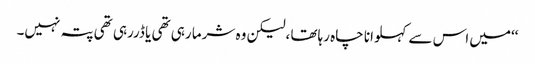
‘‘میں اس سے کہلوانا چاہ رہاتھا ،لیکن وہ شرما رہی تھی یا ڈررہی تھی پتہ نہیں۔